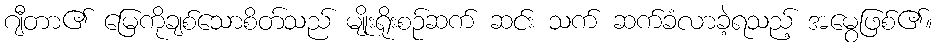
ဂျီတာ၏ မြေကိုချစ်သောစိတ်သည် မျိုးရိုးစဉ်ဆက် ဆင်း သက် ဆက်ခံလာခဲ့ရသည့် အမွေဖြစ်၏။